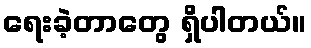
ရေးခဲ့တာတွေ ရှိပါတယ်။